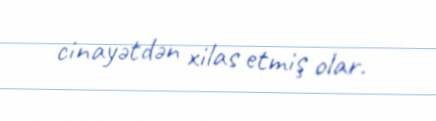
cinayətdən xilas etmiş olar.